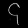
Digit: ၄